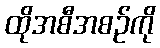
ထိုအစီအစဉ်ကို